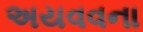
અયવવના